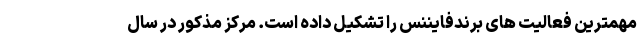
مهمترین فعالیت های برندفایننس را تشکیل داده است. مرکز مذکور در سال